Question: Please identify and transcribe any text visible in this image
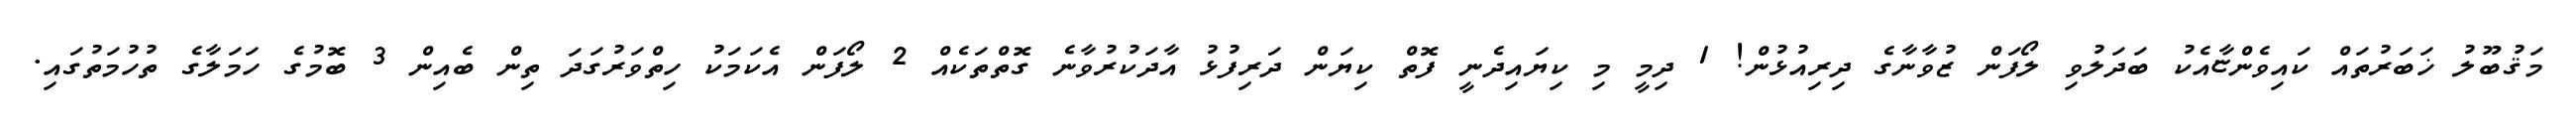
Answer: މަޤުބޫލު ޚަބަރުތައް ކައިވެންޏާއެކު ބަދަލުވި ލޯފަން ޒުވާނާގެ ދިރިއުޅުން! 1 ދިމީ މި ކިޔައިދެނީ ފޮތް ކިޔަން ދަރިފުޅު އާދަކުރުވާނެ ގޮތްތަކެއް 2 ލޯފަން އެކަމަކު ހިތްވަރުގަދަ ތިން ބެއިން 3 ބޮމުގެ ހަމަލާގެ ތުހުމަތުގައި.